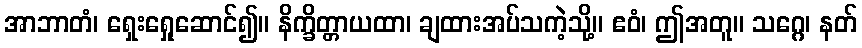
အာဘာတံ၊ ရှေးရှေုဆောင်၍။ နိက္ခိတ္တာယထာ၊ ချထားအပ်သကဲ့သို့။ ဧဝံ၊ ဤအတူ။ သဂ္ဂေ၊ နတ်